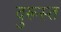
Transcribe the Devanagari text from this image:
दुरूस्‍त